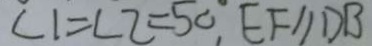
\angle 1 = \angle 2 = 5 0 ^ { \circ } , E F / / D B